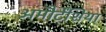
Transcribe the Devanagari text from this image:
अमौर्टेंशिया